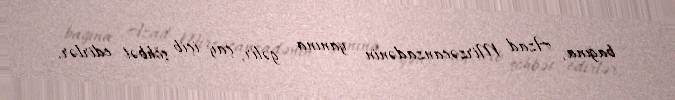
bağına, Azad Mirzəcanzadənin yanına gəlir, çay içib söhbət edirlər.